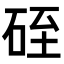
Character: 𥒓